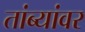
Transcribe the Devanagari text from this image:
तांब्यांवर